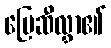
မြေဆီလွှာ၏